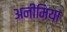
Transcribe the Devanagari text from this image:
अनीमिया